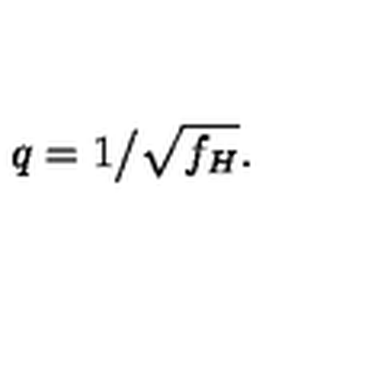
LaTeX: q = 1 \big / \sqrt { f _ { H } } .